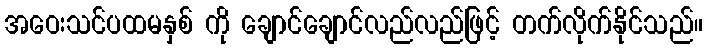
အဝေးသင်ပထမနှစ် ကို ချောင်ချောင်လည်လည်ဖြင့် တက်လိုက်နိုင်သည်။